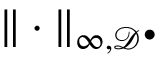
\| \cdot \| _ { \infty , \mathcal { D } ^ { \bullet } }